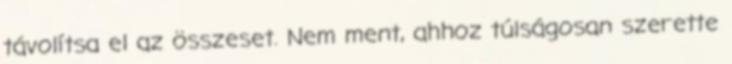
távolítsa el az összeset. Nem ment, ahhoz túlságosan szerette